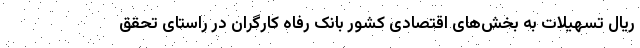
ریال تسهیلات به بخش‌های اقتصادی کشور بانک رفاه کارگران در راستای تحقق